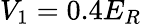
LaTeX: V_{1}=0.4E_{R}